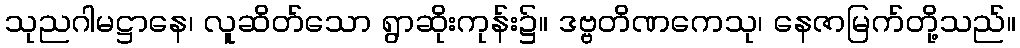
သုညဂါမဋ္ဌာနေ၊ လူဆိတ်သော ရွာဆိုးကုန်း၌။ ဒဗ္ဗတိဏကေသု၊ နေဇာမြက်တို့သည်။